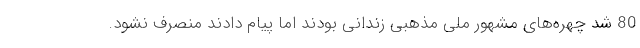
80 شد چهره‌های مشهور ملی مذهبی زندانی بودند اما پیام دادند منصرف نشود.